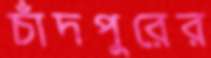
চাঁদপুরের